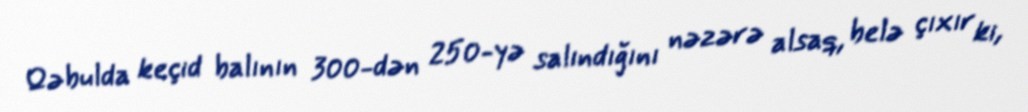
Qəbulda keçid balının 300-dən 250-yə salındığını nəzərə alsaq, belə çıxır ki,